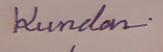
Signature authenticity: genuine